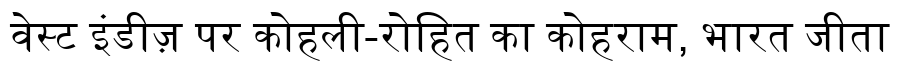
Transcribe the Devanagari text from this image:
वेस्ट इंडीज़ पर कोहली-रोहित का कोहराम, भारत जीता